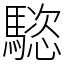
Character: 𩥝